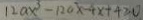
1 2 a x ^ { 3 } - 1 2 0 x - 4 x + 4 \geq 0